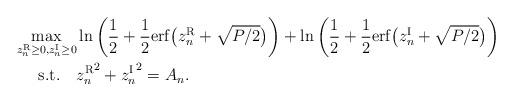
LaTeX: \begin{align*}\max_{z_n^{\rm R}\ge 0,z_n^{\rm I}\ge 0} &\ln \left(\frac{1}{2}+\frac{1}{2}{\rm{erf}}\big(z_n^{\rm R}+\sqrt{P/2}\big)\right) + \ln\left(\frac{1}{2}+\frac{1}{2}{\rm{erf}}\big(z_n^{\rm I}+\sqrt{P/2}\big)\right) \\\mathrm{s.t.}~~~&{z_n^{\rm R}}^2+{z_n^{\rm I}}^2 = A_n.\end{align*}